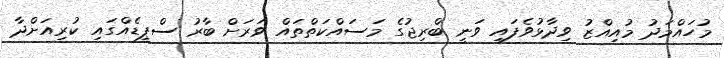
މުހައްމަދު މުއިއްޒު ވިދާޅުވެފައި ވަނީ ބްރިޖުގެ މަސައްކަތްތައް ވަރަށް ބާރު ސްޕީޑެއްގައި ކުރިއަށްދާ